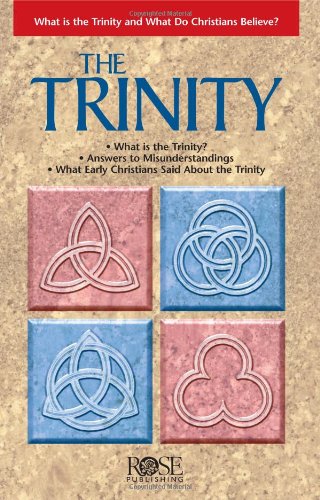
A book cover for The Trinity pamphlet: What is the Trinity and What Do Christians Believe? (Understand the Trinity); Rose Publishing; Christian Books & Bibles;